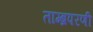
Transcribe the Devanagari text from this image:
ताम्ब्रपरणी